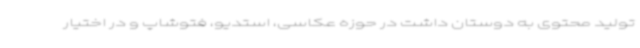
تولید محتوی به دوستان داشت در حوزه عکاسی، استدیو، فتوشاپ و در اختیار